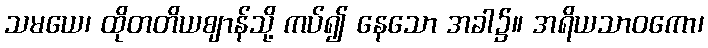
သမယေ၊ ထိုတတိယဈာန်သို့ ကပ်၍ နေသော အခါ၌။ အရိယသာဝကော၊